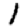
Digit: 1